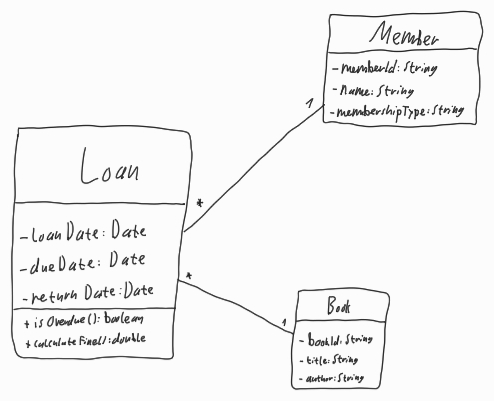
Diagram type: class_diagram
```plantuml
@startuml

left to right direction

class Loan {
  - loanDate: Date
  - dueDate: Date
  - returnDate: Date
  + isOverdue(): boolean
  + calculateFine(): double
}

class Member {
  - memberId: String
  - name: String
  - membershipType: String
}

class Book {
  - bookId: String
  - title: String
  - author: String
}

Loan "*" -- "1" Member
Loan "*" -- "1" Book

@enduml
```